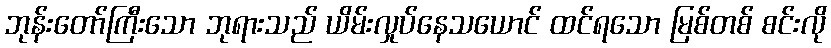
ဘုန်းတော်ကြီးသော ဘုရားသည် ယိမ်းလှုပ်နေသယောင် ထင်ရသော မြစ်တစ် စင်းလို